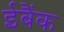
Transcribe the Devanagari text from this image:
ईबैंक